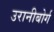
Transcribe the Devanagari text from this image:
उरानीबोर्ग